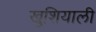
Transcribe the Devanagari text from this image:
खुशियाली